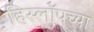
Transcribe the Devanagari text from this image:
हिस्लॉपच्या